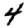
Digit: 4